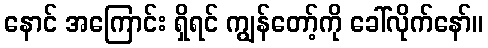
နောင် အကြောင်း ရှိရင် ကျွန်တော့်ကို ခေါ်လိုက်နော်။